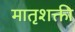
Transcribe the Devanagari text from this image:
मातृशक्ती